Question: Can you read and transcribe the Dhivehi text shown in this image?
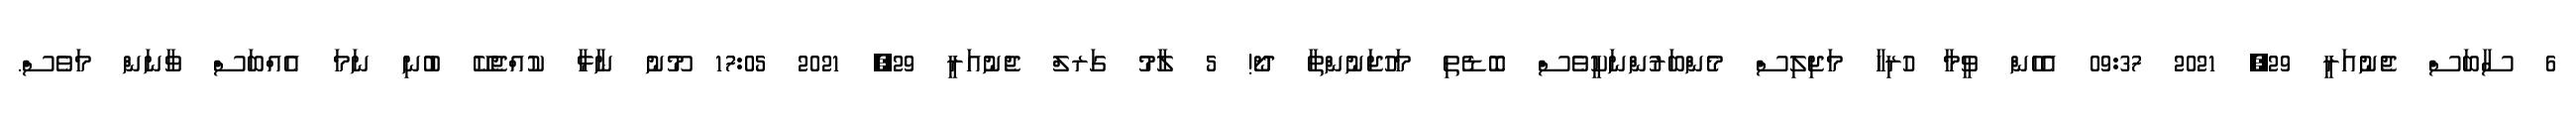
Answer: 6 ސާބަސް ޖެނުއަރީ 29, 2021 09:37 އެހެން ވީމާ ހުރިހާ މަޖިލިސް މެންބަރުންނަކީވެސް ބޮޑެތި މަހުޖަނުންތާ ދޯ! 5 ލާމު ގަރލް ޖެނުއަރީ 29, 2021 17:05 މޫނު ނާޅާ ކުއްޖެކޭ ބުނި ނަމަ އެއްބަސް ވާނަން މަވެސް.